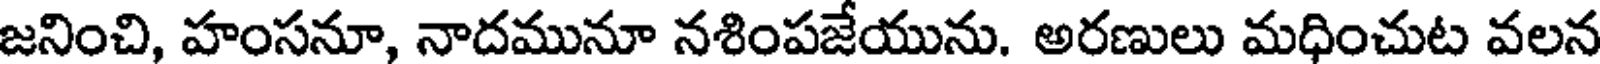
జనించి, హంసనూ, నాదమునూ నశింపజేయును. అరణులు మధించుట వలన